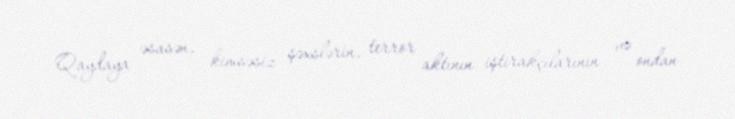
Qaydaya əsasən, kimsəsiz şəxslərin, terror aktının iştirakçılarının və ondan